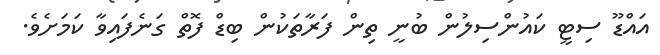
އައްޑޫ ސިޓީ ކައުންސިލުން ބުނީ ތިން ފަރާތަކުން ބިޑް ފޮތް ގަނެފައިވާ ކަމަށެވެ.